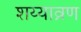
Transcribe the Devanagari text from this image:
शय्याव्रण